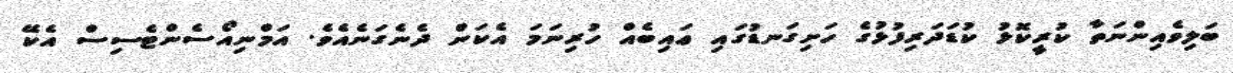
ބަލިވެއިންނަތާ ކުރީކޮޅު ކުޑަދަރިފުޅުގެ ހަށިގަނޑުގައި ޢައިބެއް ހުރިނަމަ އެކަން ދެނެގަނެއެވެ. އަމްނިއޯސެންޓެސިސް އެކޭ